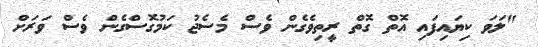
"ލަވަ ކިޔައިފައި އޮތް ގޮތް ރީތިވެގެން ވެސް މެސެޖު ކަމުގޮސްގެން ވެސް ވަރަށް